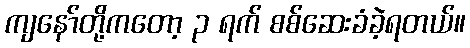
ကျနော်တို့ကတော့ ၃ ရက် စစ်ဆေးခံခဲ့ရတယ်။